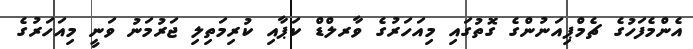
އެންމެފަހުގެ ޗެމްޕިއަނުންގެ ގޮތުގައި މިއަހަރުގެ ވާރލްޑް ކަޕާއި ކުރިމަތިލި ޖަރުމަނު ވަނީ މިއަހަރުގެ